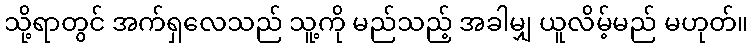
သို့ရာတွင် အက်ရှလေသည် သူ့ကို မည်သည့် အခါမျှ ယူလိမ့်မည် မဟုတ်။